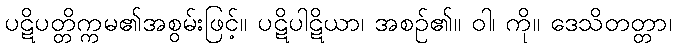
ပဋိပတ္တိက္ကမ၏အစွမ်းဖြင့်။ ပဋိပါဋိယာ၊ အစဉ်၏။ ဝါ၊ ကို။ ဒေသိတတ္တာ၊